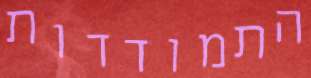
התמודדות